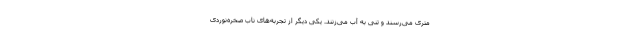
متری می‌رسند و تنی به آب می‌زنند. یکی دیگر از تجربه‌های ناب صخره‌نوردی